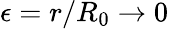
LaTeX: \epsilon=r/R_{0}\rightarrow 0